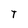
Character: T